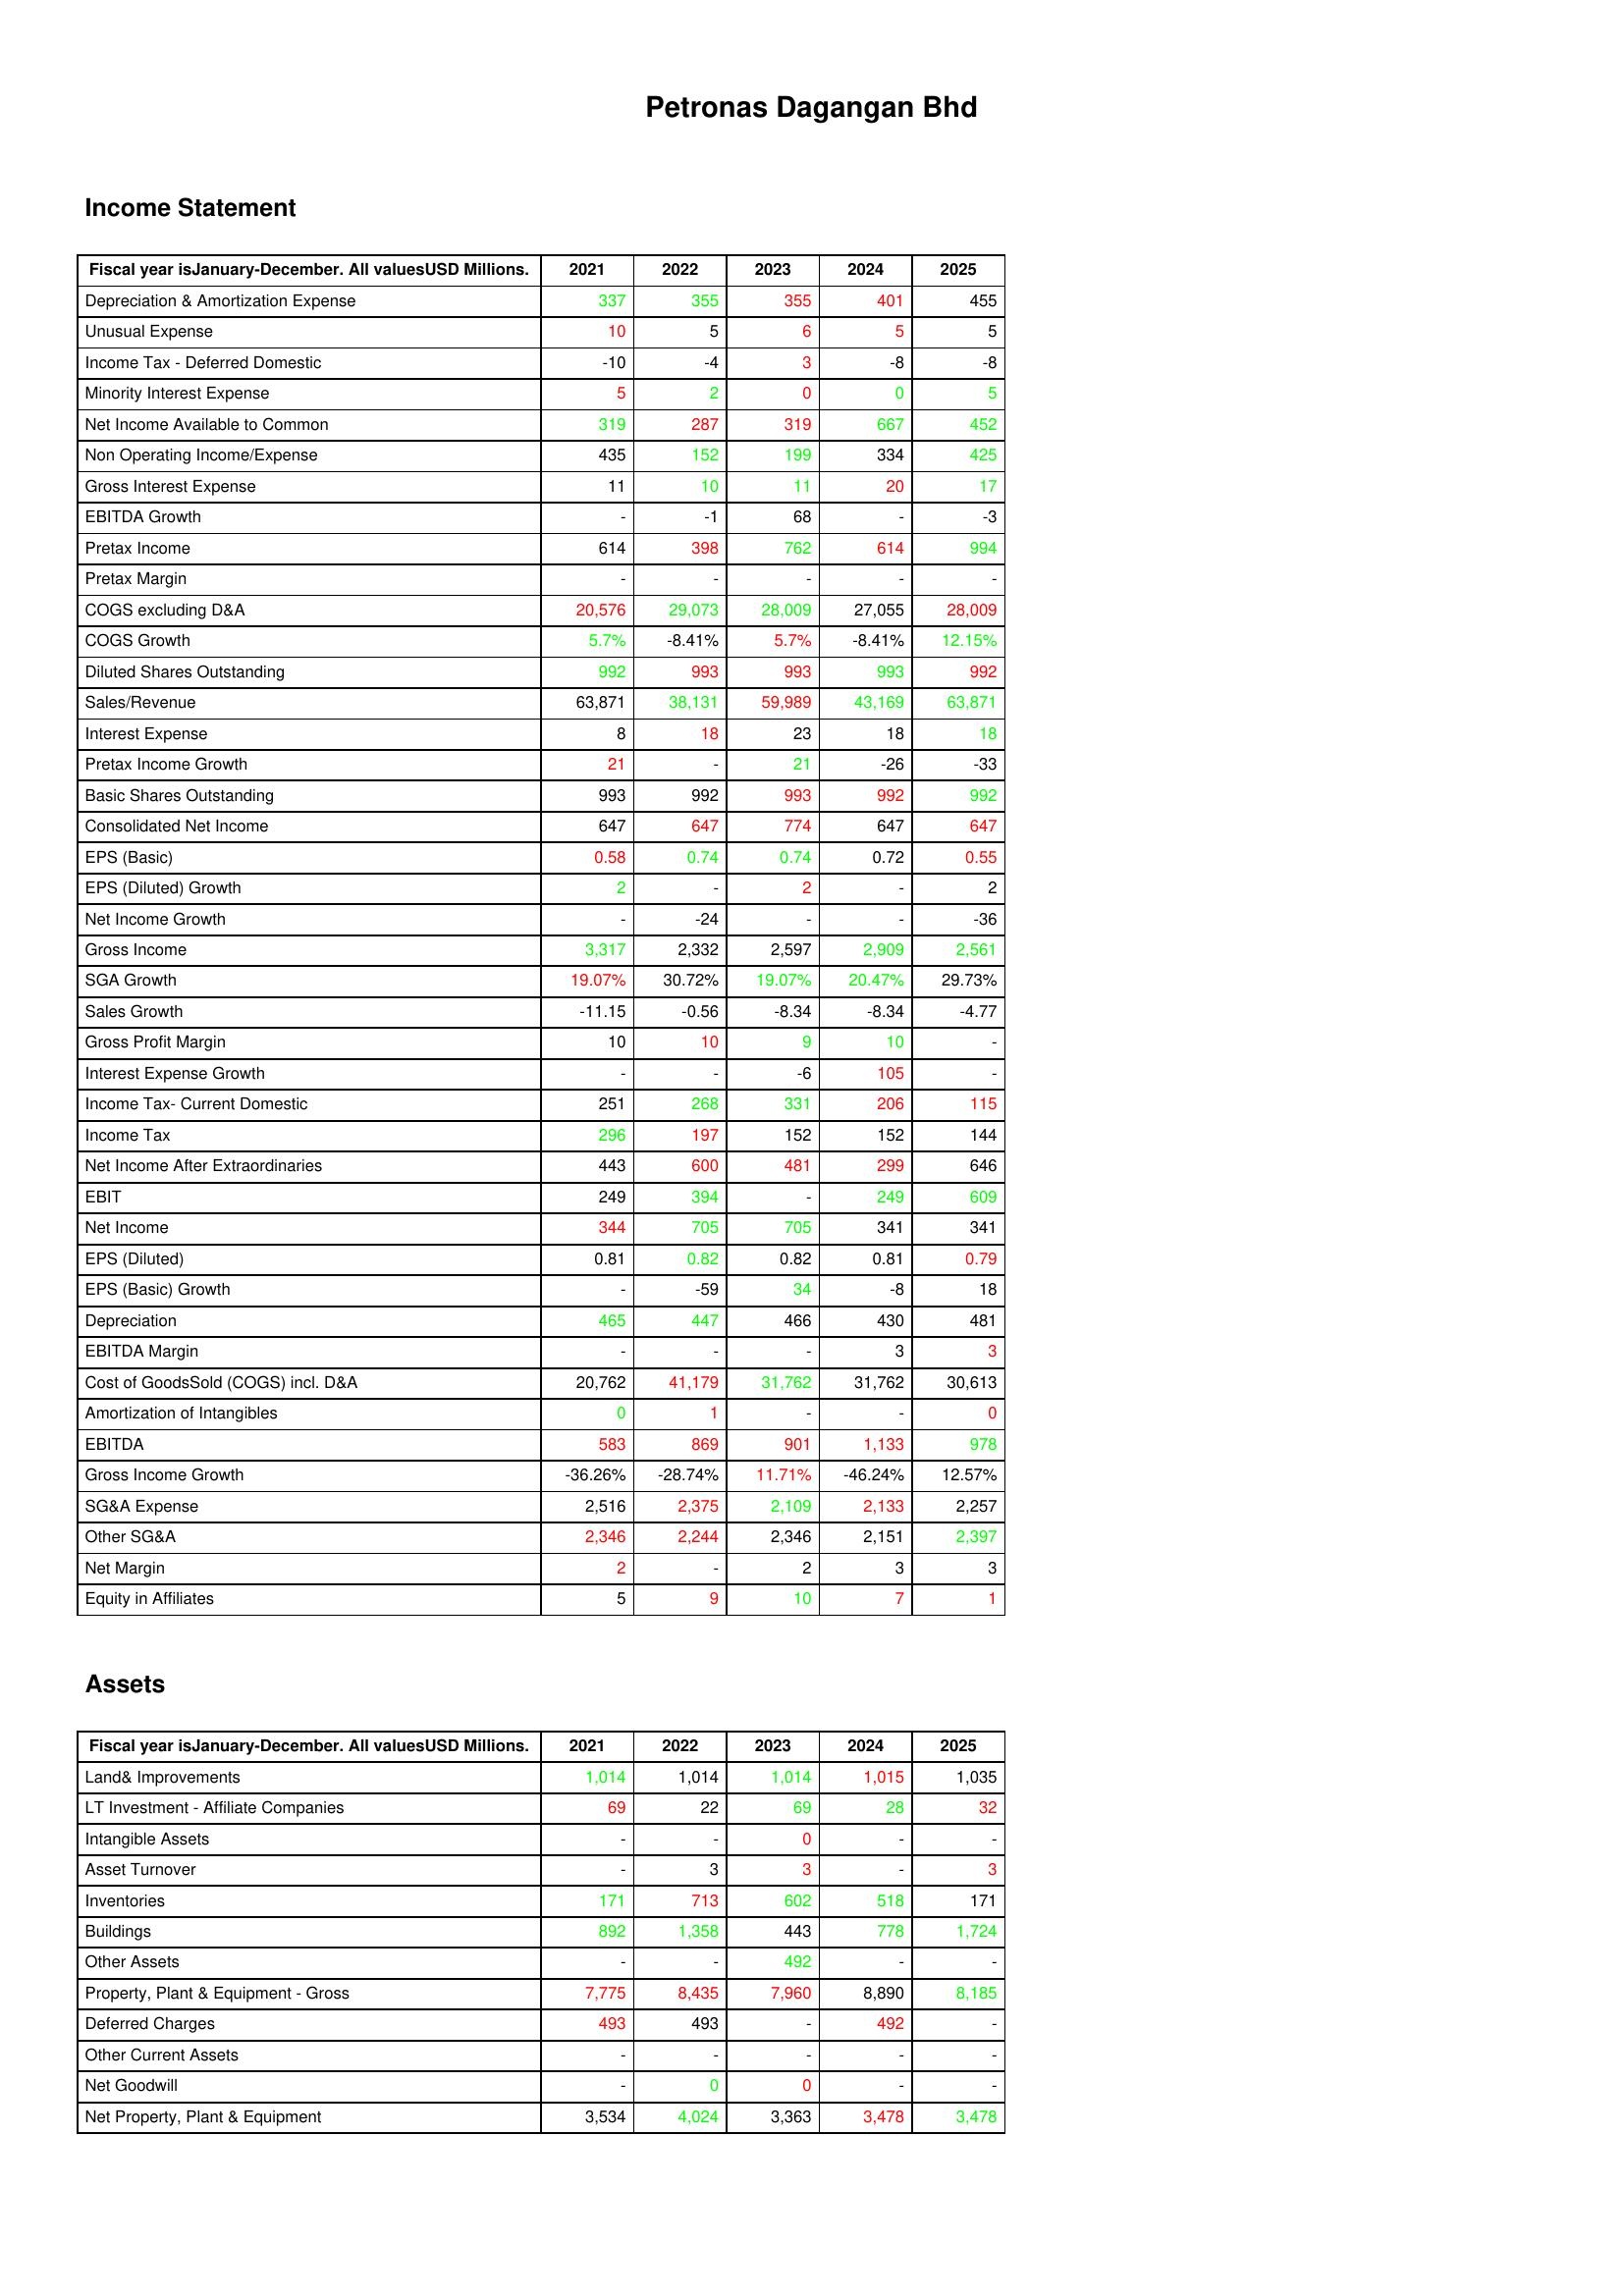
gt_parse: 2021: Income Statement: Depreciation & Amortization Expense: 337
Unusual Expense: 10
Income Tax - Deferred Domestic: -10
Minority Interest Expense: 5
Net Income Available to Common: 319
Non Operating Income/Expense: 435
Gross Interest Expense: 11
EBITDA Growth: -
Pretax Income: 614
Pretax Margin: -
COGS excluding D&A: 20,576
COGS Growth: 5.7%
Diluted Shares Outstanding: 992
Sales/Revenue: 63,871
Interest Expense: 8
Pretax Income Growth: 21
Basic Shares Outstanding: 993
Consolidated Net Income: 647
EPS (Basic): 0.58
EPS (Diluted) Growth: 2
Net Income Growth: -
Gross Income: 3,317
SGA Growth: 19.07%
Sales Growth: -11.15
Gross Profit Margin: 10
Interest Expense Growth: -
Income Tax- Current Domestic: 251
Income Tax: 296
Net Income After Extraordinaries: 443
EBIT: 249
Net Income: 344
EPS (Diluted): 0.81
EPS (Basic) Growth: -
Depreciation: 465
EBITDA Margin: -
Cost of GoodsSold (COGS) incl. D&A: 20,762
Amortization of Intangibles: 0
EBITDA: 583
Gross Income Growth: -36.26%
SG&A Expense: 2,516
Other SG&A: 2,346
Net Margin: 2
Equity in Affiliates: 5
Assets: Land& Improvements: 1,014
LT Investment - Affiliate Companies: 69
Intangible Assets: -
Asset Turnover: -
Inventories: 171
Buildings: 892
Other Assets: -
Property, Plant & Equipment - Gross : 7,775
Deferred Charges: 493
Other Current Assets: -
Net Goodwill: -
Net Property, Plant & Equipment: 3,534
2022: Income Statement: Depreciation & Amortization Expense: 355
Unusual Expense: 5
Income Tax - Deferred Domestic: -4
Minority Interest Expense: 2
Net Income Available to Common: 287
Non Operating Income/Expense: 152
Gross Interest Expense: 10
EBITDA Growth: -1
Pretax Income: 398
Pretax Margin: -
COGS excluding D&A: 29,073
COGS Growth: -8.41%
Diluted Shares Outstanding: 993
Sales/Revenue: 38,131
Interest Expense: 18
Pretax Income Growth: -
Basic Shares Outstanding: 992
Consolidated Net Income: 647
EPS (Basic): 0.74
EPS (Diluted) Growth: -
Net Income Growth: -24
Gross Income: 2,332
SGA Growth: 30.72%
Sales Growth: -0.56
Gross Profit Margin: 10
Interest Expense Growth: -
Income Tax- Current Domestic: 268
Income Tax: 197
Net Income After Extraordinaries: 600
EBIT: 394
Net Income: 705
EPS (Diluted): 0.82
EPS (Basic) Growth: -59
Depreciation: 447
EBITDA Margin: -
Cost of GoodsSold (COGS) incl. D&A: 41,179
Amortization of Intangibles: 1
EBITDA: 869
Gross Income Growth: -28.74%
SG&A Expense: 2,375
Other SG&A: 2,244
Net Margin: -
Equity in Affiliates: 9
Assets: Land& Improvements: 1,014
LT Investment - Affiliate Companies: 22
Intangible Assets: -
Asset Turnover: 3
Inventories: 713
Buildings: 1,358
Other Assets: -
Property, Plant & Equipment - Gross : 8,435
Deferred Charges: 493
Other Current Assets: -
Net Goodwill: 0
Net Property, Plant & Equipment: 4,024
2023: Income Statement: Depreciation & Amortization Expense: 355
Unusual Expense: 6
Income Tax - Deferred Domestic: 3
Minority Interest Expense: 0
Net Income Available to Common: 319
Non Operating Income/Expense: 199
Gross Interest Expense: 11
EBITDA Growth: 68
Pretax Income: 762
Pretax Margin: -
COGS excluding D&A: 28,009
COGS Growth: 5.7%
Diluted Shares Outstanding: 993
Sales/Revenue: 59,989
Interest Expense: 23
Pretax Income Growth: 21
Basic Shares Outstanding: 993
Consolidated Net Income: 774
EPS (Basic): 0.74
EPS (Diluted) Growth: 2
Net Income Growth: -
Gross Income: 2,597
SGA Growth: 19.07%
Sales Growth: -8.34
Gross Profit Margin: 9
Interest Expense Growth: -6
Income Tax- Current Domestic: 331
Income Tax: 152
Net Income After Extraordinaries: 481
EBIT: -
Net Income: 705
EPS (Diluted): 0.82
EPS (Basic) Growth: 34
Depreciation: 466
EBITDA Margin: -
Cost of GoodsSold (COGS) incl. D&A: 31,762
Amortization of Intangibles: -
EBITDA: 901
Gross Income Growth: 11.71%
SG&A Expense: 2,109
Other SG&A: 2,346
Net Margin: 2
Equity in Affiliates: 10
Assets: Land& Improvements: 1,014
LT Investment - Affiliate Companies: 69
Intangible Assets: 0
Asset Turnover: 3
Inventories: 602
Buildings: 443
Other Assets: 492
Property, Plant & Equipment - Gross : 7,960
Deferred Charges: -
Other Current Assets: -
Net Goodwill: 0
Net Property, Plant & Equipment: 3,363
2024: Income Statement: Depreciation & Amortization Expense: 401
Unusual Expense: 5
Income Tax - Deferred Domestic: -8
Minority Interest Expense: 0
Net Income Available to Common: 667
Non Operating Income/Expense: 334
Gross Interest Expense: 20
EBITDA Growth: -
Pretax Income: 614
Pretax Margin: -
COGS excluding D&A: 27,055
COGS Growth: -8.41%
Diluted Shares Outstanding: 993
Sales/Revenue: 43,169
Interest Expense: 18
Pretax Income Growth: -26
Basic Shares Outstanding: 992
Consolidated Net Income: 647
EPS (Basic): 0.72
EPS (Diluted) Growth: -
Net Income Growth: -
Gross Income: 2,909
SGA Growth: 20.47%
Sales Growth: -8.34
Gross Profit Margin: 10
Interest Expense Growth: 105
Income Tax- Current Domestic: 206
Income Tax: 152
Net Income After Extraordinaries: 299
EBIT: 249
Net Income: 341
EPS (Diluted): 0.81
EPS (Basic) Growth: -8
Depreciation: 430
EBITDA Margin: 3
Cost of GoodsSold (COGS) incl. D&A: 31,762
Amortization of Intangibles: -
EBITDA: 1,133
Gross Income Growth: -46.24%
SG&A Expense: 2,133
Other SG&A: 2,151
Net Margin: 3
Equity in Affiliates: 7
Assets: Land& Improvements: 1,015
LT Investment - Affiliate Companies: 28
Intangible Assets: -
Asset Turnover: -
Inventories: 518
Buildings: 778
Other Assets: -
Property, Plant & Equipment - Gross : 8,890
Deferred Charges: 492
Other Current Assets: -
Net Goodwill: -
Net Property, Plant & Equipment: 3,478
2025: Income Statement: Depreciation & Amortization Expense: 455
Unusual Expense: 5
Income Tax - Deferred Domestic: -8
Minority Interest Expense: 5
Net Income Available to Common: 452
Non Operating Income/Expense: 425
Gross Interest Expense: 17
EBITDA Growth: -3
Pretax Income: 994
Pretax Margin: -
COGS excluding D&A: 28,009
COGS Growth: 12.15%
Diluted Shares Outstanding: 992
Sales/Revenue: 63,871
Interest Expense: 18
Pretax Income Growth: -33
Basic Shares Outstanding: 992
Consolidated Net Income: 647
EPS (Basic): 0.55
EPS (Diluted) Growth: 2
Net Income Growth: -36
Gross Income: 2,561
SGA Growth: 29.73%
Sales Growth: -4.77
Gross Profit Margin: -
Interest Expense Growth: -
Income Tax- Current Domestic: 115
Income Tax: 144
Net Income After Extraordinaries: 646
EBIT: 609
Net Income: 341
EPS (Diluted): 0.79
EPS (Basic) Growth: 18
Depreciation: 481
EBITDA Margin: 3
Cost of GoodsSold (COGS) incl. D&A: 30,613
Amortization of Intangibles: 0
EBITDA: 978
Gross Income Growth: 12.57%
SG&A Expense: 2,257
Other SG&A: 2,397
Net Margin: 3
Equity in Affiliates: 1
Assets: Land& Improvements: 1,035
LT Investment - Affiliate Companies: 32
Intangible Assets: -
Asset Turnover: 3
Inventories: 171
Buildings: 1,724
Other Assets: -
Property, Plant & Equipment - Gross : 8,185
Deferred Charges: -
Other Current Assets: -
Net Goodwill: -
Net Property, Plant & Equipment: 3,478